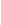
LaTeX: G\! \! \! \! \! \! \! \! \! \! \! \! ^{\! }\! \! \! \! \! \! \! \! \! \! \! +\! \! \! \! \! \! \! \! \! \! \! \! =\! \! \! \! \! \! \! \! \! \! \! \! \alpha\! \! \! \! \! \! \! \! \! \! \! \! _{\! }\! \! \! \! \! \! \! \! \! \! \! *\! \! \! \! \! \! \! \! \! \! \! \! F\! \! \! \! \! \! \! \! \! \! \! \! ^{\! }\! \! \! \! \! \! \! \! \! \! \! +\! \! \! \! \! \! \! \! \! \! \!